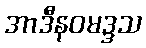
အာဒီနဝမဒ္ဒသ